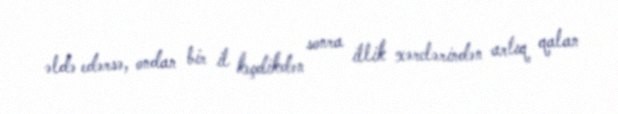
əldə edərsə, ondan bir il keçdikdən sonra illik xərclərindən artıq qalan